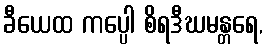
ခီယေထ ကပ္ပေါ စိရဒီဃမန္တရေ,